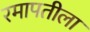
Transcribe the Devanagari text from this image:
रमापतीला